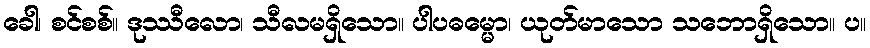
ခေါ၊ စင်စစ်။ ဒုဿီလော၊ သီလမရှိသော။ ပါပဓမ္မော၊ ယုတ်မာသော သဘောရှိသော။ ပ။